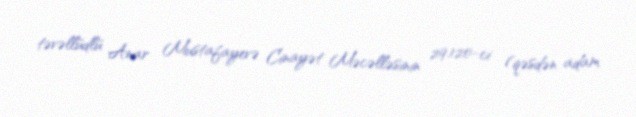
təvəllüdlü Anar Mustafayevə Cinayət Məcəlləsinin 29.120-ci (qəsdən adam